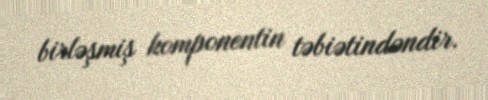
birləşmiş komponentin təbiətindəndir.